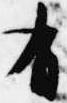
有